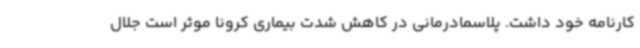
کارنامه خود داشت. پلاسمادرمانی در کاهش شدت بیماری کرونا موثر است جلال